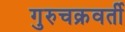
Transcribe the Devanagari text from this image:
गुरुचक्रवर्ती